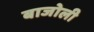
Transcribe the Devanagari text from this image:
बाजोली